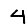
Digit: 4